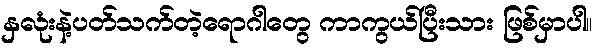
နှလုံးနဲ့ပတ်သက်တဲ့ရောဂါတွေ ကာကွယ်ပြီးသား ဖြစ်မှာပါ။